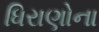
ધિરાણોના